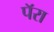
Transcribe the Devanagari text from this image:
पॅरा